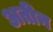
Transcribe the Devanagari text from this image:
अतीन